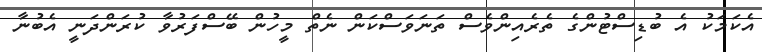
އެކަމަކު އެ ބުޑިސްޓުންގެ ތެރެއިންވެސް ތަނަވަސްކަން ނެތް މީހުން ބޭސްފަރުވާ ކުރަންދަނީ އެބުނާ